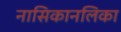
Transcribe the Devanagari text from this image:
नासिकानलिका